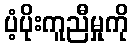
ပံ့ပိုးကူညီမှုကို